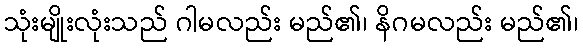
သုံးမျိုးလုံးသည် ဂါမလည်း မည်၏၊ နိဂမလည်း မည်၏၊